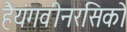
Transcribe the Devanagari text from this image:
हैयंगवीनरसिको